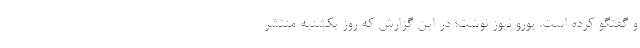
و گفتگو کرده است. یورو نیوز نوشت؛ در این گزارش که روز یکشنبه منتشر